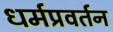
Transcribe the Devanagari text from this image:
धर्मप्रवर्तन